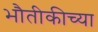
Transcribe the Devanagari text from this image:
भौतीकीच्या